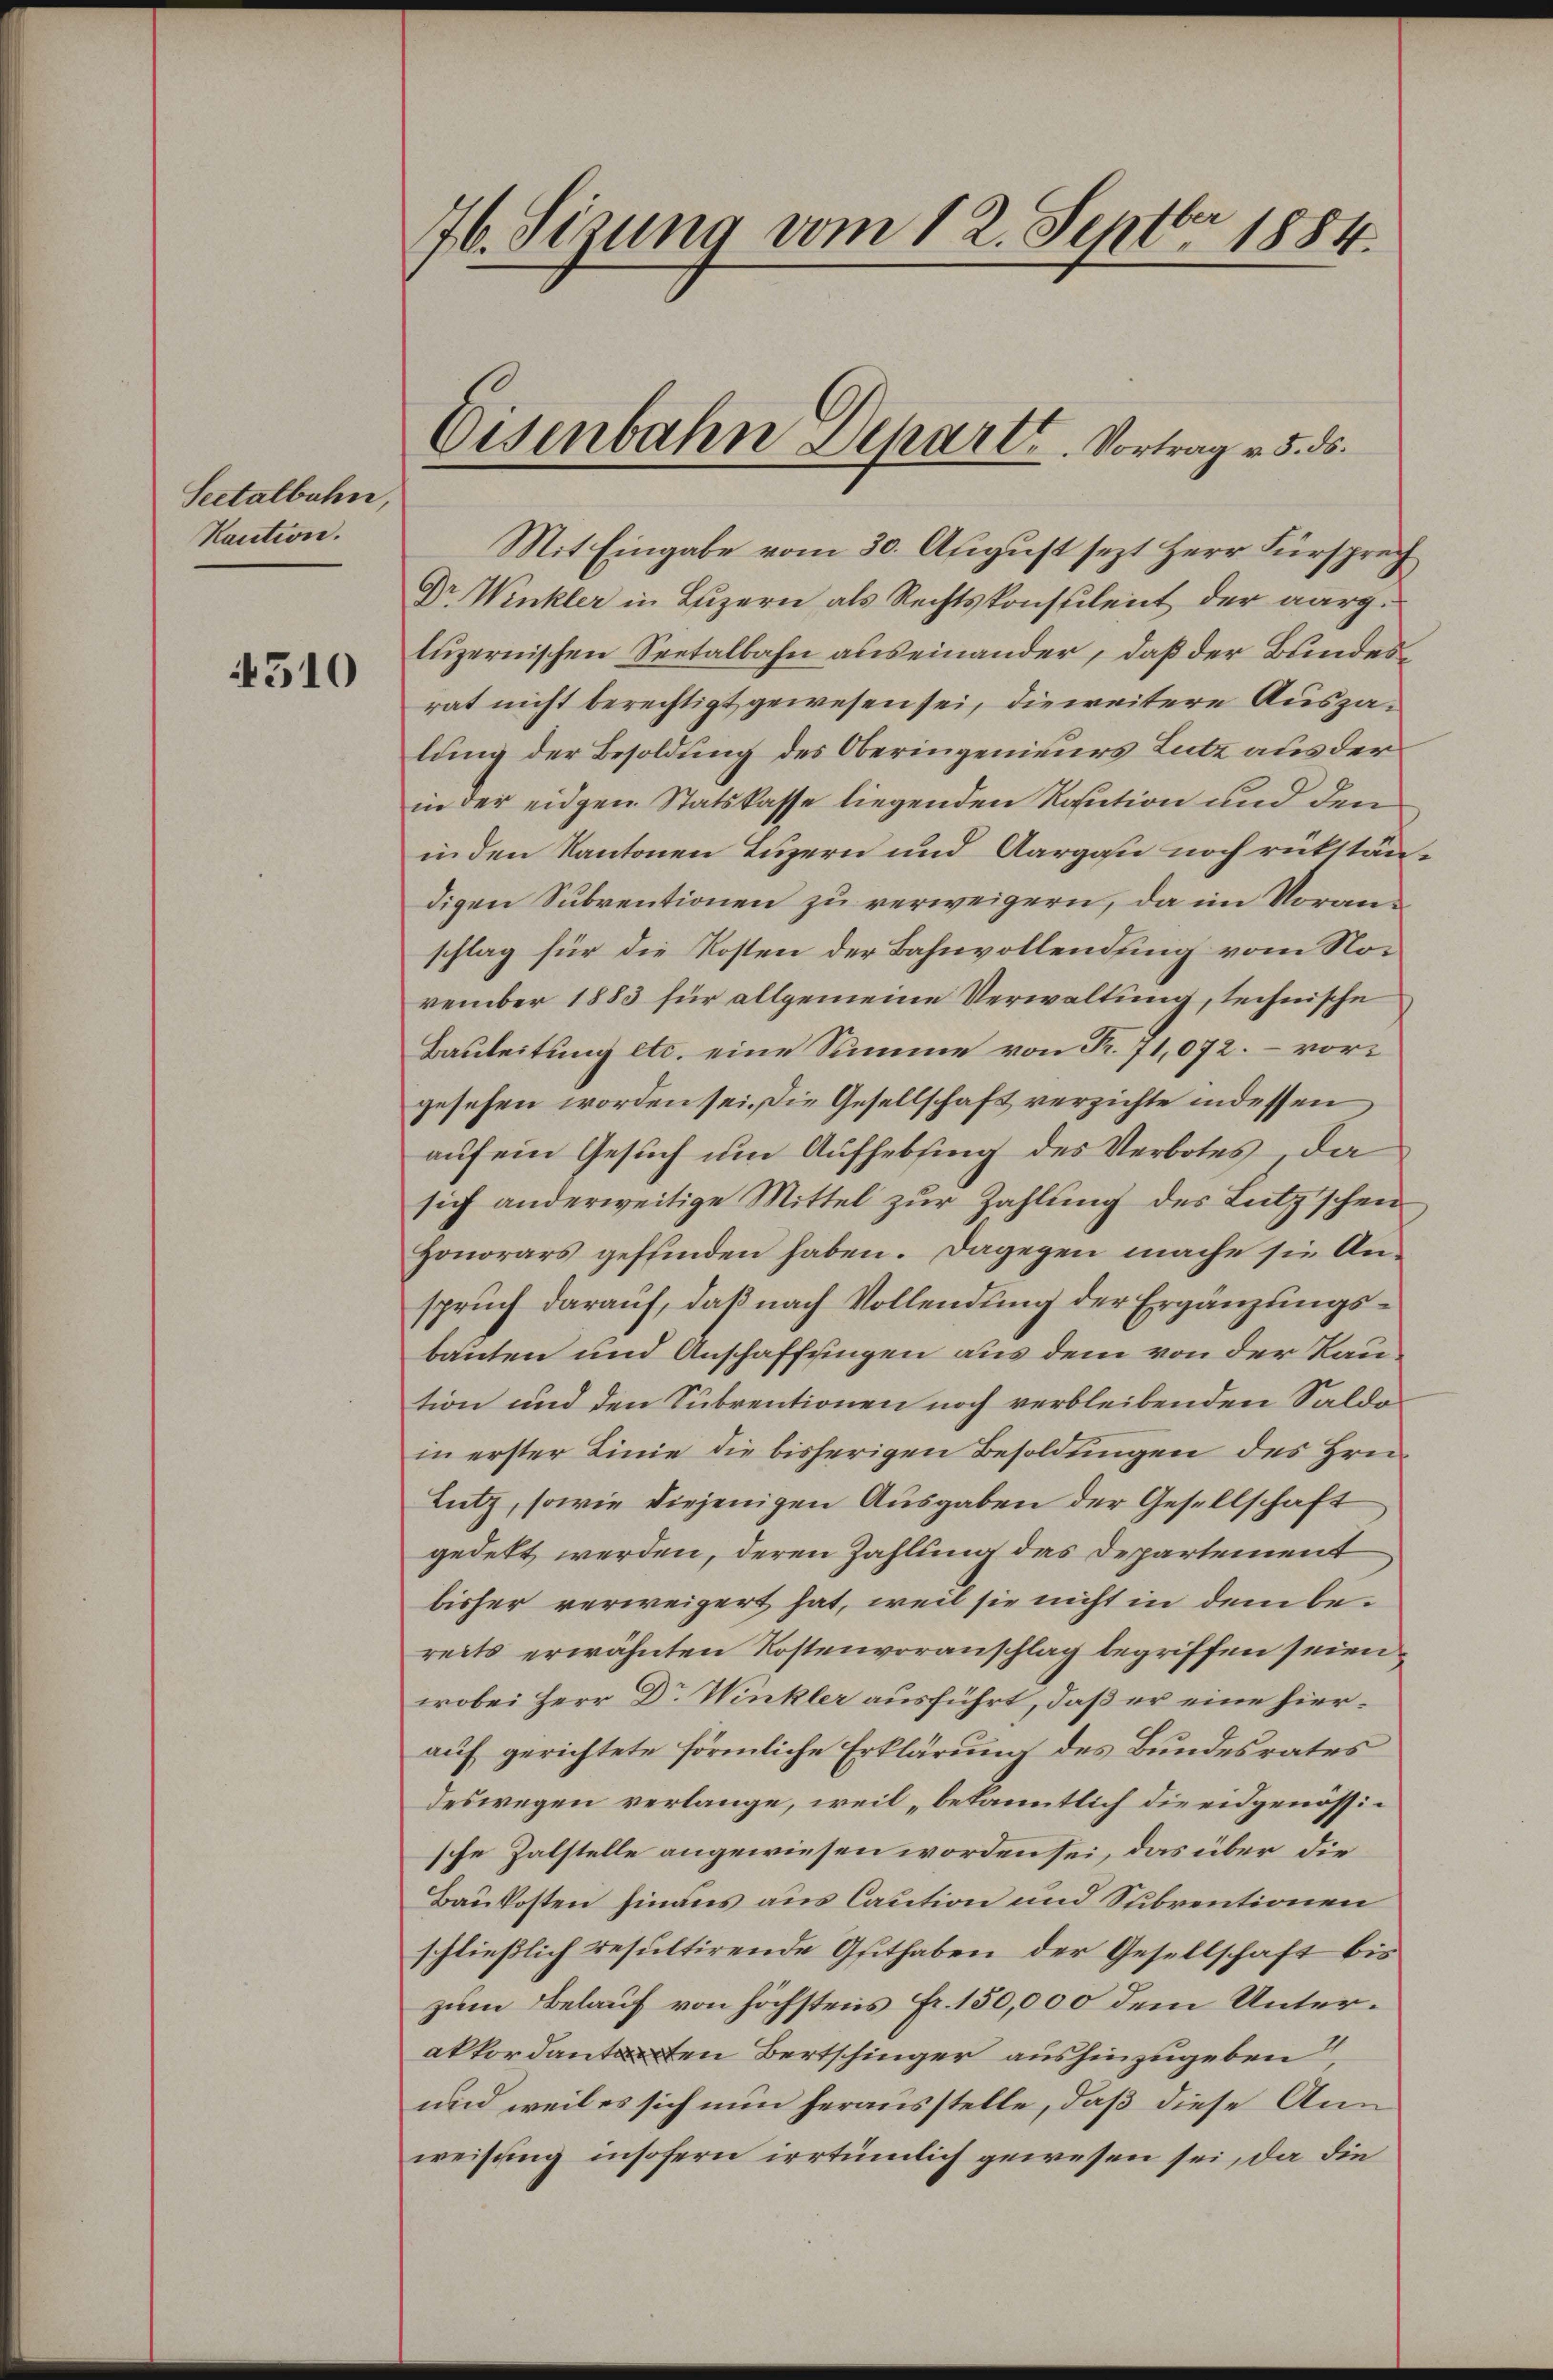
Seetatbahn
Kaution.

510

76. Sizung vom 12. Septbr 1884.

Eisenbahn Departe. Vortrag v. 5. ds.

Mit Eingabe vom 30. August sezt Herr Fürsprech
Dr Winkler in Luzern als Rechtskonsulent der aarg.
luzernischen Seetalbahn auseinander, daß der Bundesrat nicht berechtigt gewesen sei, die weitere Auszalung der Besoldung des Oberingenieurs Lutz aus der
in der eidgen Statskasse liegenden Raution und den
in den Kantonen Luzern und Aargau noch rükständigen Subventionen zu verweigern, da im Voranschlag für die Kosten der Bahnvollendung vom November 1883 für allgemeine Verwaltung, technische
Bauleitung etc. eine Summe von Fr. 71,072. – vorgesehen worden sei. Die Gesellschaft verzichte indessen
auf ein Gesuch um Aufhebsing des Verbotes, da
sich anderweitige Mittel zur Zahlung des Lutz’schen
Honorars geffinden haben. Dagegen mache sie An-
spruch darauf, daß nach Vollendung der Ergänzungsbauten und Anschaffungen aus dem von der Raution und den Subrentionen noch verbleibenden Saldoin erster Linie die bisherigen Besoldungen des Hrn.
Lutz, sowie diejenigen Ausgaben der Gesellschaft
gedekt werden, deren Zahlung das Departement
bisher verweigert hat, weil sie nicht in dem bereits erwähnten Kostenvoranschlag begriffen seien.
wobei Herr Dr Winkler ausführt, daß er eine hierauf gerichtete förmliche Erklärung des Bundesrates
deswegen verlange, weil „bekanntlich die eidgenössische Zalstelle angewiesen worden sei, das über die
Baukosten hinaus aus Caution und Subventionen
schließlich resultirende Guthaben der Gesellschaft bis
zum Belauf von höchstens Fr. 150,000 dem Unterakkordant ten Bertschinger aushinzugeben
und weil es sich nun herausstelle, daß diese Ann
weisung insofern irrtümlich gewesen sei, da die